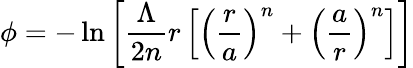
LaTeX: \phi=-\ln\left[\frac{\Lambda}{2n}r\left[\left(\frac{r}{a}\right)^{n}+\left(\frac{a}{r}\right)^{n}\right]\right]